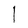
Character: l